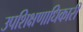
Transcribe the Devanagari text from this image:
उपशिक्षणाधिकारी